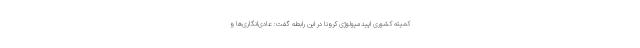
کمیته کشوری اپیدمیولوژی کرونا در این رابطه گفت: عادی‌انگاری‌ها و